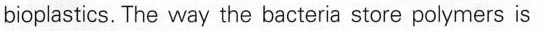
bioplastics. The way the bacteria store polymers is